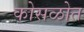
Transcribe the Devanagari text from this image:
कोसळोत